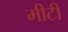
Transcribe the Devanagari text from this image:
मीटी